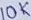
Text: 10K